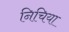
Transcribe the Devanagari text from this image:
निचिया